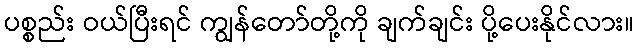
ပစ္စည်း ဝယ်ပြီးရင် ကျွန်တော်တို့ကို ချက်ချင်း ပို့ပေးနိုင်လား။